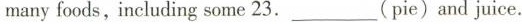
many foods,including some 23.___(pie)and juice.